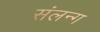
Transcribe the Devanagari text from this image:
संलन्ग